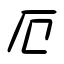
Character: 厄